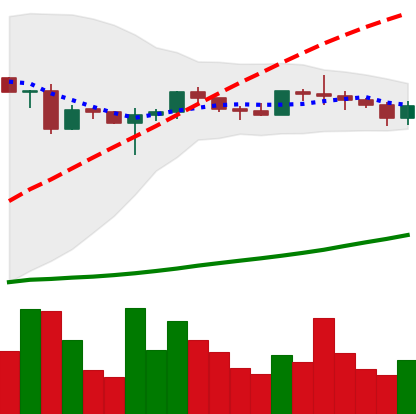
Ticker: ADA-USD
Chart end date: 2020-06-28
Forward return: 20.084%
Label: up_7plus